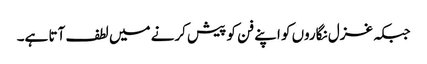
جبکہ غزل نگاروں کو اپنے فن کو پیش کرنے میں لطف آتا ہے۔